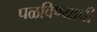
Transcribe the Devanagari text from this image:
पळविण्याची